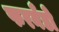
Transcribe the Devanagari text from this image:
फरनँडो